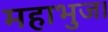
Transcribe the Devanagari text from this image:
महाभुज।